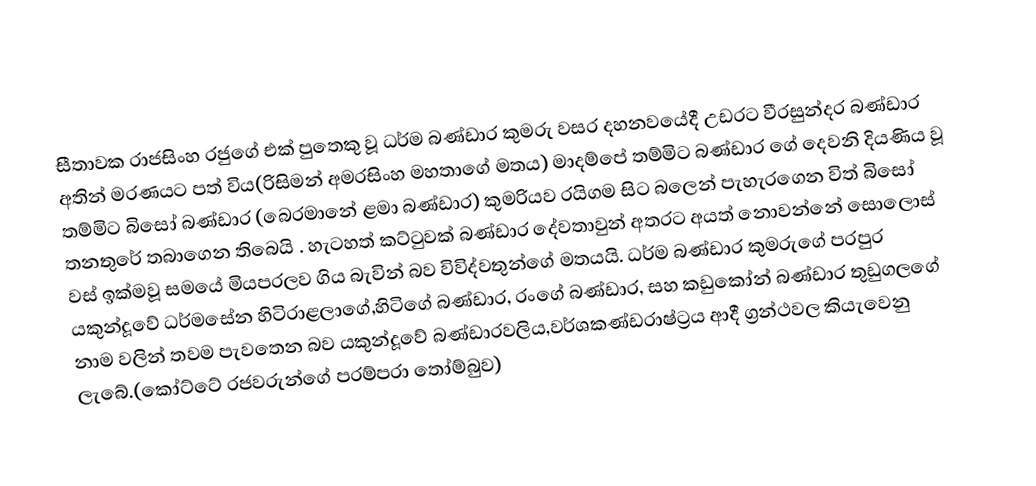
සීතාවක රාජසිංහ රජුගේ එක් පුතෙකු වූ ධර්ම බණ්ඩාර කුමරු වසර දහනවයේදී උඩරට වීරසුන්දර බණ්ඩාර අතින් මරණයට පත් විය(රිසිමන් අමරසිංහ  මහතාගේ මතය) මාදම්පේ තම්මිට බණ්ඩාර ගේ දෙවනි දියණිය වූ තම්මිට බිසෝ බණ්ඩාර (බෙරමානේ ළමා බණ්ඩාර) කුමරියව රයිගම සිට බලෙන් පැහැරගෙන විත් බිසෝ තනතුරේ තබාගෙන තිබෙයි . හැටහත් කට්ටුවක් බණ්ඩාර දේවතාවුන් අතරට අයත් නොවන්නේ සොලොස් වස් ඉක්මවූ සමයේ මියපරලව ගිය බැවින් බව විවිද්වතුන්ගේ මතයයි. ධර්ම  බණ්ඩාර කුමරුගේ පරපුර යකුන්දූවේ ධර්මසේන හිටිරාළලාගේ,හිටිගේ බණ්ඩාර, රංගේ බණ්ඩාර, සහ කඩුකෝන් බණ්ඩාර තුඩුගලගේ  නාම වලින් තවම පැවතෙන බව යකුන්දූවේ බණ්ඩාරවලිය,වර්ශකණ්ඩරාෂ්ට්‍රය ආදී ග්‍රන්ථවල කියැවෙනු ලැබේ.(කෝට්ටේ රජවරුන්ගේ පරම්පරා තෝම්බුව)